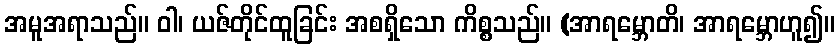
အမူအရာသည်။ ဝါ၊ ယဇ်တိုင်ထူခြင်း အစရှိသော ကိစ္စသည်။ (အာရမ္ဘောတိ၊ အာရမ္ဘောဟူ၍။